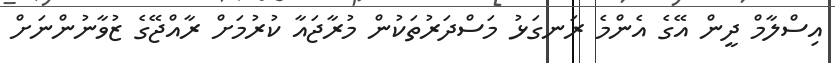
އިސްލާމް ދީން އޭގެ އެންމެ ރަނގަޅު މަސްދަރުތަކުން މުރާޖައާ ކުރުމަށް ރާއްޖޭގެ ޒުވާނުންނަށް